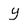
Character: Y